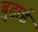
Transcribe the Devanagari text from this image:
बुढाई